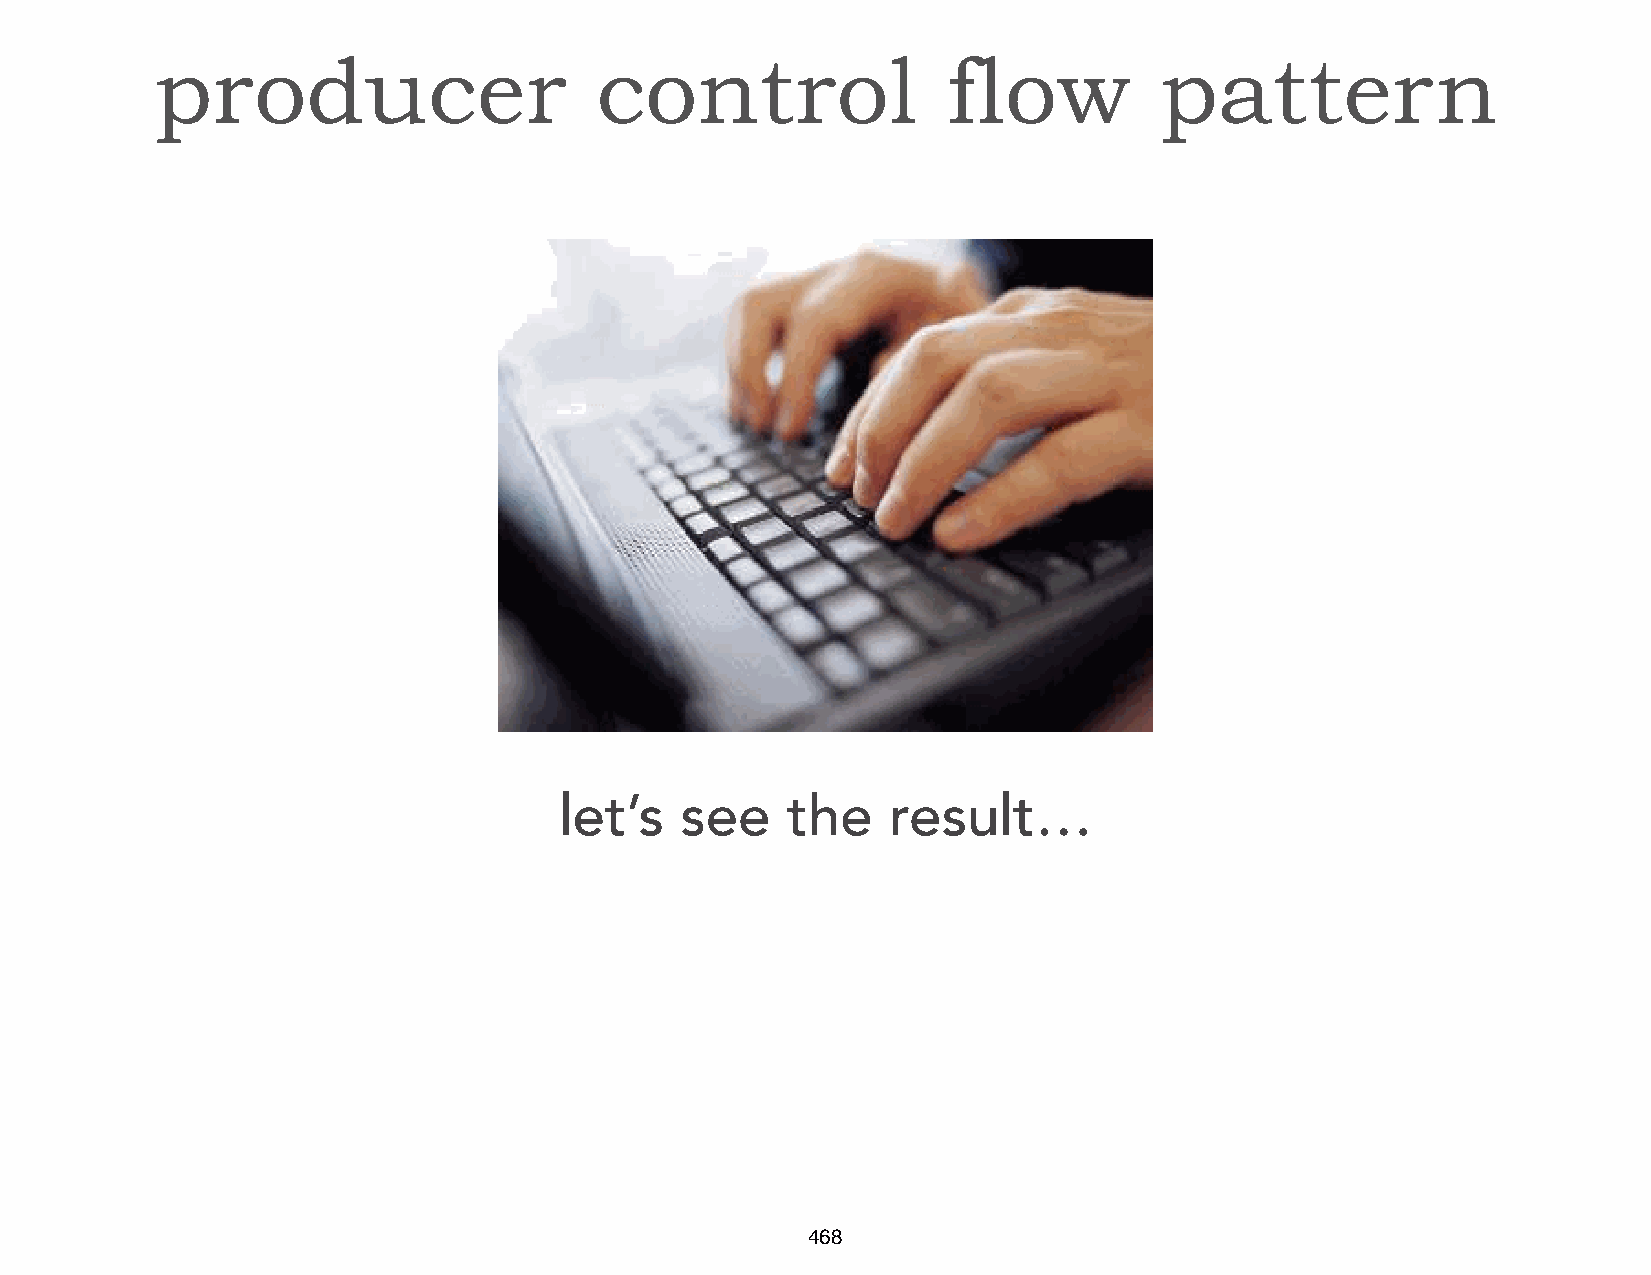
producer                     control                 flow          pattern
 let’s   see    the    result…
 468